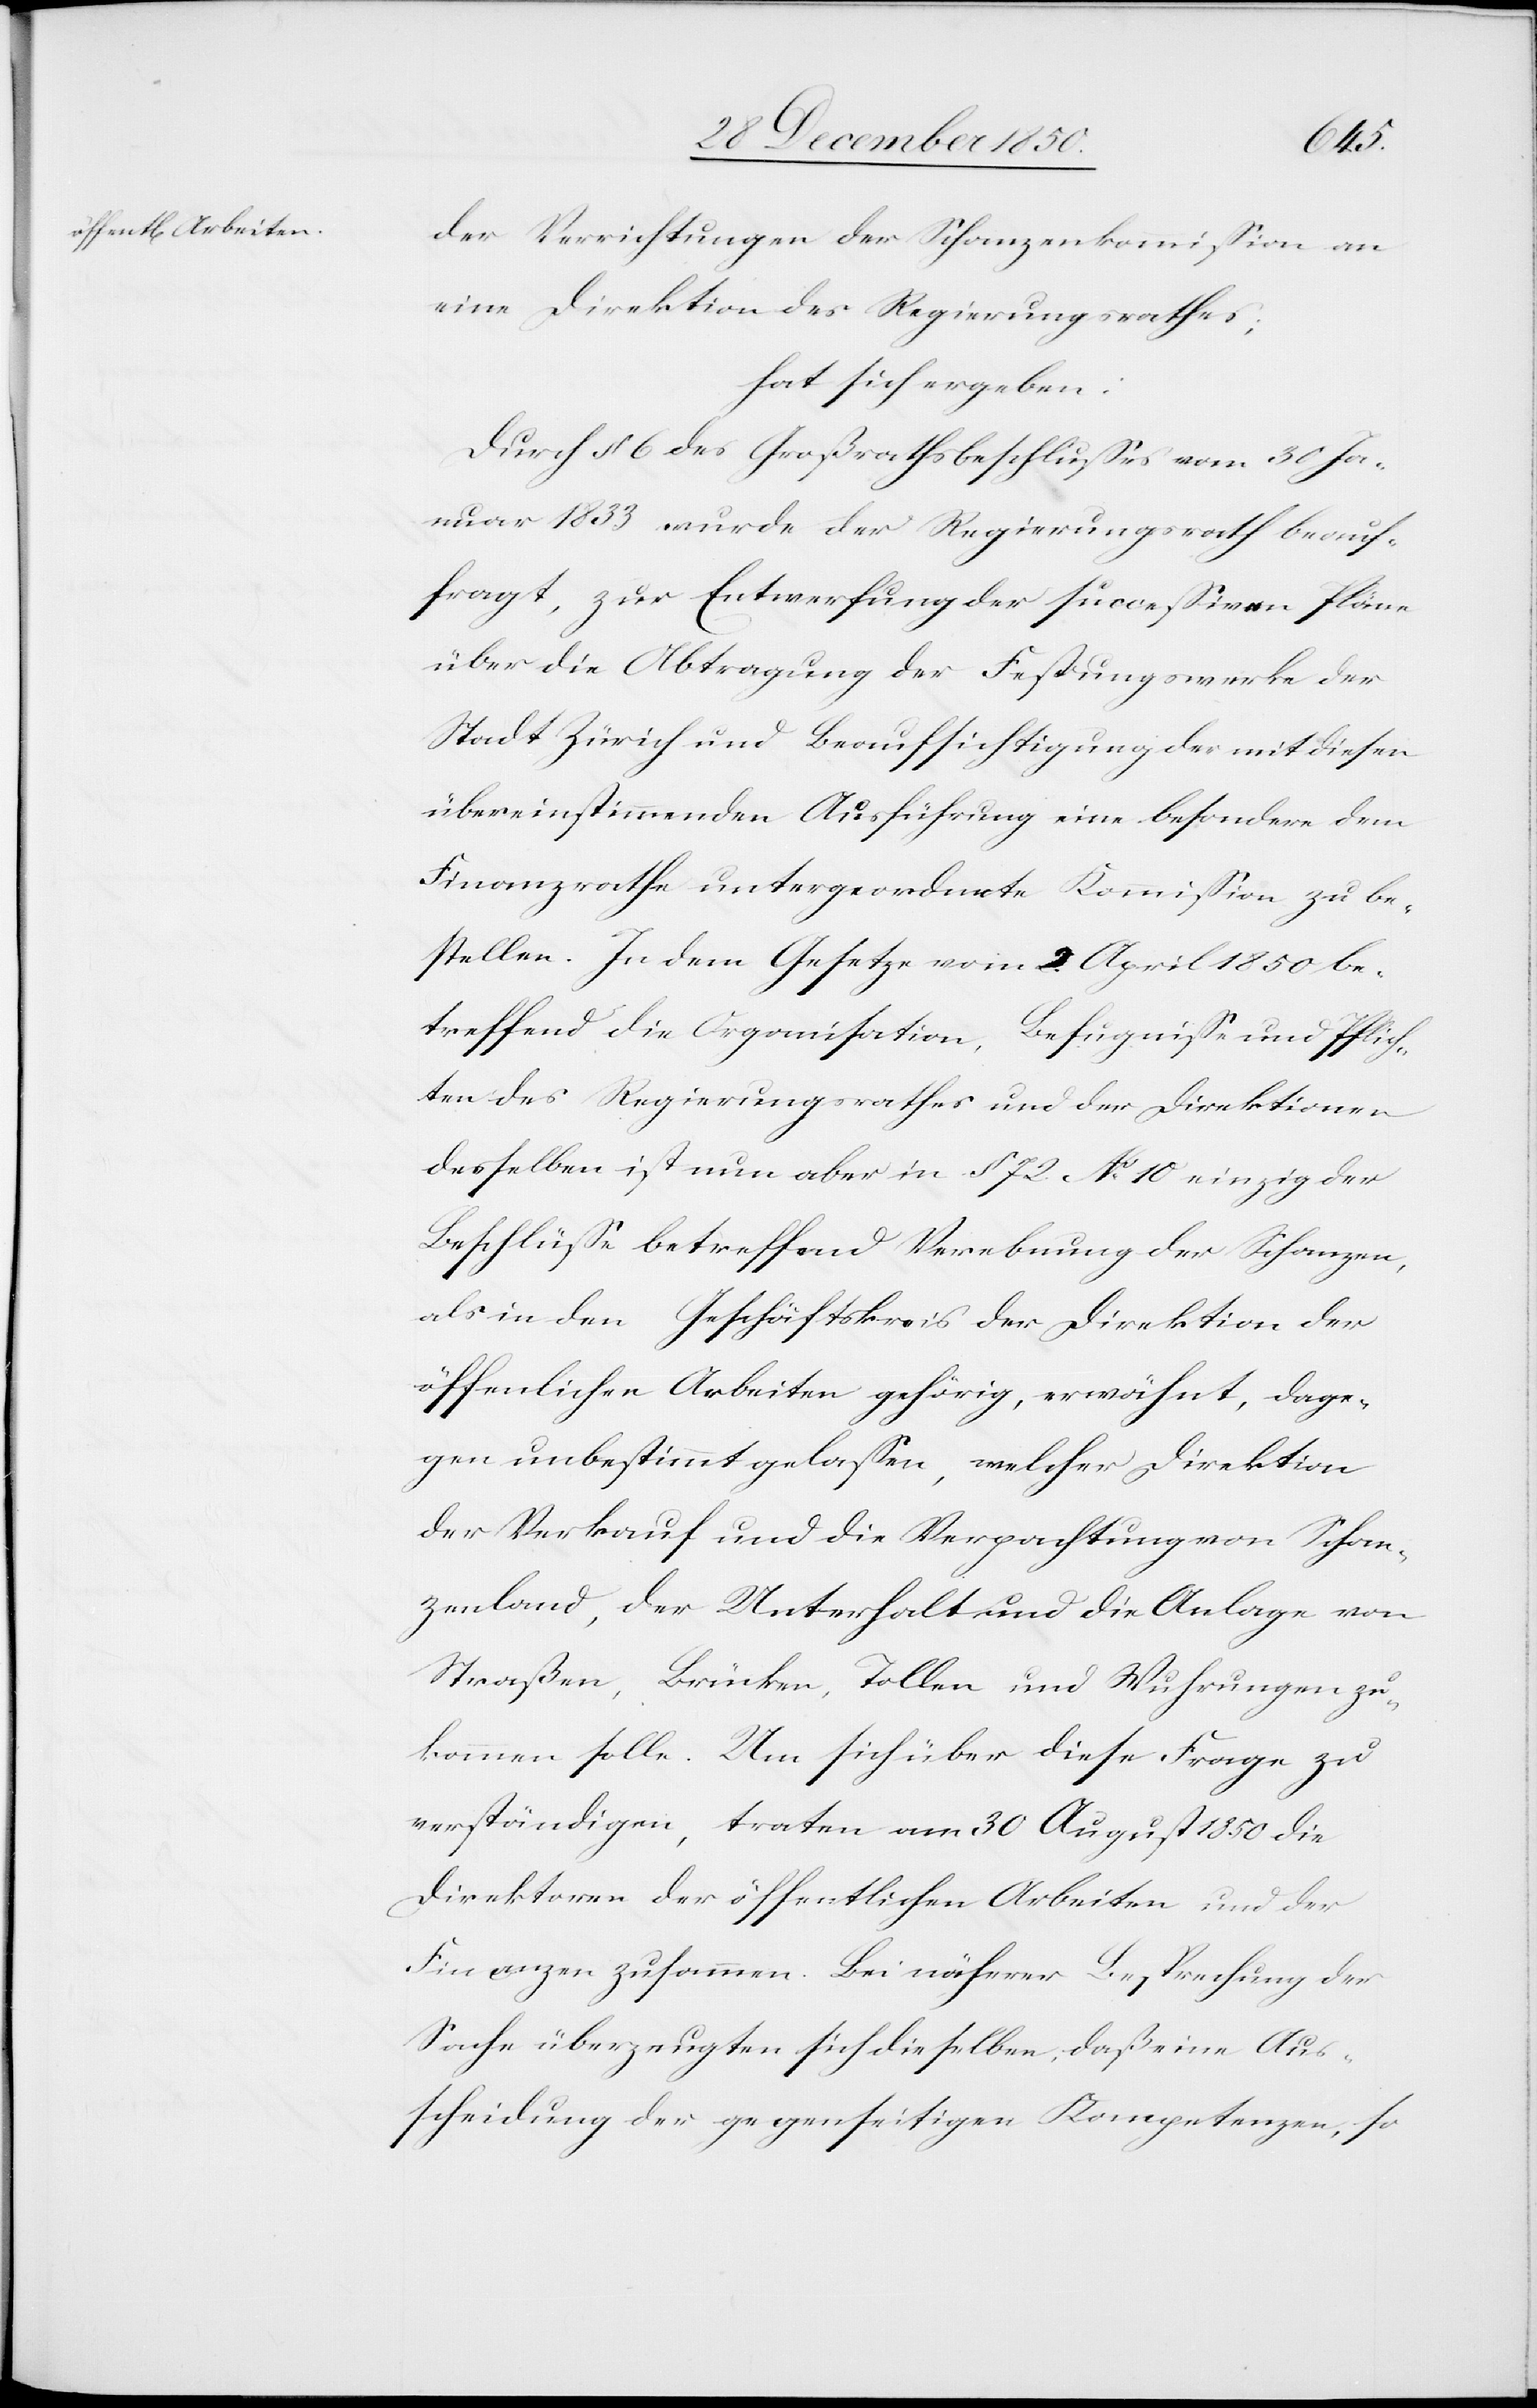
der Verrichtungen der Schanzenkommission an
eine Direktion des Regierungsrathes;
hat sich ergeben:
Durch § 6 des Großrathsbeschlusses vom 30 Ja¬
nuar 1833 wurde der Regierungsrath beauf¬
tragt, zur Entwerfung der successiven Pläne
über die Abtragung der Festungswerke der
Stadt Zürich und Beaufsichtigung der mit diesen
übereinstimmenden Ausführung eine besondere dem
Finanzrathe untergeordnete Kommission zu be¬
stellen. In dem Gesetze vom 2 April 1850 be¬
treffend die Organisation,
Befugnisse und Pflich¬
ten des Regierungsrathes und der Direktionen
desselben ist nun aber in § 72 No 10 einzig der
Beschlüsse betreffend Verebnung der Schanzen,
als in den Geschäftskreis der Direktion der
öffen[t]lichen Arbeiten gehörig, erwähnt, dage¬
gen unbestimmt gelassen, welcher Direktion
der Verkauf und die Verpachtung von Schan¬
zenland, der Unterhalt und die Anlage von
Straßen, Brücken, Tollen und Wuhrungen zu¬
kommen solle. Um sich über diese Frage zu
verständigen, traten am 30 August 1850 die
Direktion der öffentlichen Arbeiten und der
Finanzen zusammen. Bei näherer Besprechung der
Sache überzeugten sich dieselben, daß eine Aus¬
scheidung der gegenseitigen Kompetenzen, so